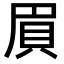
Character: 𮙸